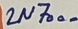
Text: 2N7000